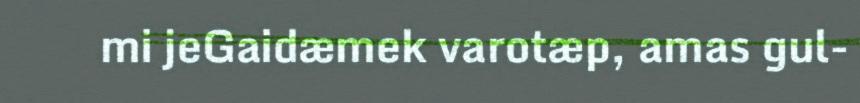
mi jeGaidæmek varotæp, amas gul-